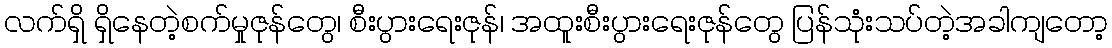
လက်ရှိ ရှိနေတဲ့စက်မှုဇုန်တွေ၊ စီးပွားရေးဇုန်၊ အထူးစီးပွားရေးဇုန်တွေ ပြန်သုံးသပ်တဲ့အခါကျတော့